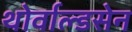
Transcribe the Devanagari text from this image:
थोर्वाल्डसेन